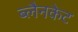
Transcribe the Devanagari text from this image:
ब्लैनकेट